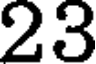
23